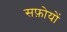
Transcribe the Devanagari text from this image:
सफ़ोयों